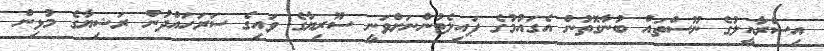
އިސްރާއީލުގެ ނޫސްތައް ބުނާގޮތުން އެގައުމުގެ ޕައިލެޓުންނަށްވަނީ ސޫރިޔާގެ ވައިގެ ސަރަހައްދުން ރަޝިޔާގެ މުޅިން